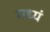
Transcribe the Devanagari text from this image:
मध्यं